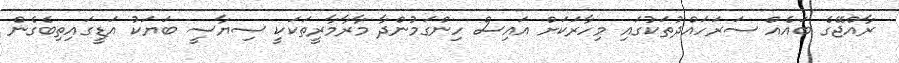
ރާއްޖޭގެ ބައެއް ސަރަހައްދުތަކުގައި މިހާރަކަށް އައިސް ހިންގަމުންދާ މާރާމާރީތަކަކީ ސިޔާސީ ބަޔަކު އަޑީގައިތިބެގެން